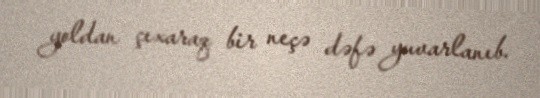
yoldan çıxaraq bir neçə dəfə yuvarlanıb.